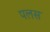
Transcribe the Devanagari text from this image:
पलस